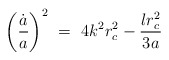
\begin{align*}\left({\dot{a}\over a}\right)^2\ =\ 4k^2r_c^2-{\l r_c^2\over3a}\end{align*}